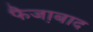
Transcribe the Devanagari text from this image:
फैजा़बाद